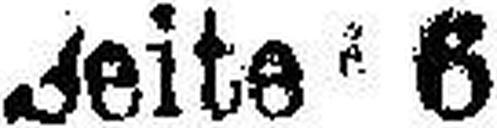
Seite 6